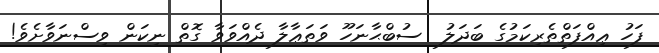
ފަހު ޢިއްފަތްތެރިކަމުގެ ބަދަލު  ސުބްޙާނަހޫ ވަތަޢާލާ ދެއްވަވާ ގޮތް ނިކަން ވިސްނަވާށެވެ!